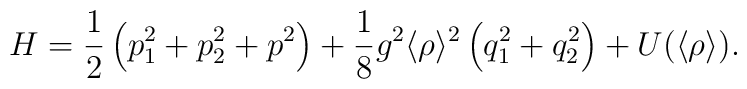
H = \frac{1}{2}\left(p_1^2 + p_2^2 + p^2\right) + \frac{1}{8} g^{2} \langle\rho\rangle^{2} \left(q_1^2 + q_2^2\right) + U(\langle \rho\rangle).